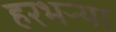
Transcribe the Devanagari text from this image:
हरभऱ्या